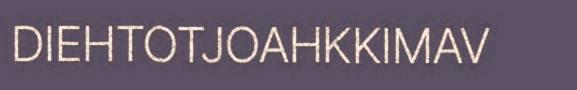
DIEHTOTJOAHKKIMAV